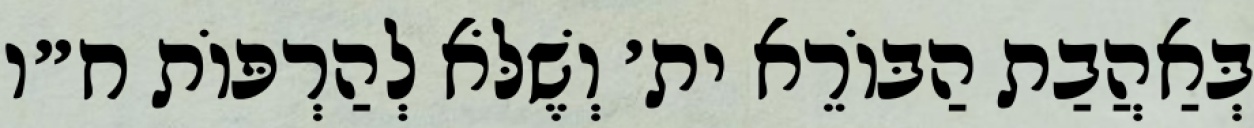
בְּאַהֲבַת הַבּוֹרֵא ית׳ וְשֶׁלֹּא לְהַרְפּוֹת ח״ו